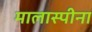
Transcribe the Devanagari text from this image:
मालास्पीना